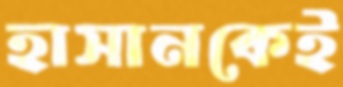
হাসানকেই